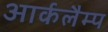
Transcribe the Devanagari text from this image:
आर्कलैम्प